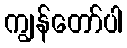
ကျွန်တော်ပါ